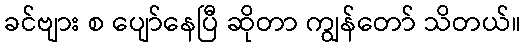
ခင်ဗျား စ ပျော်နေပြီ ဆိုတာ ကျွန်တော် သိတယ်။